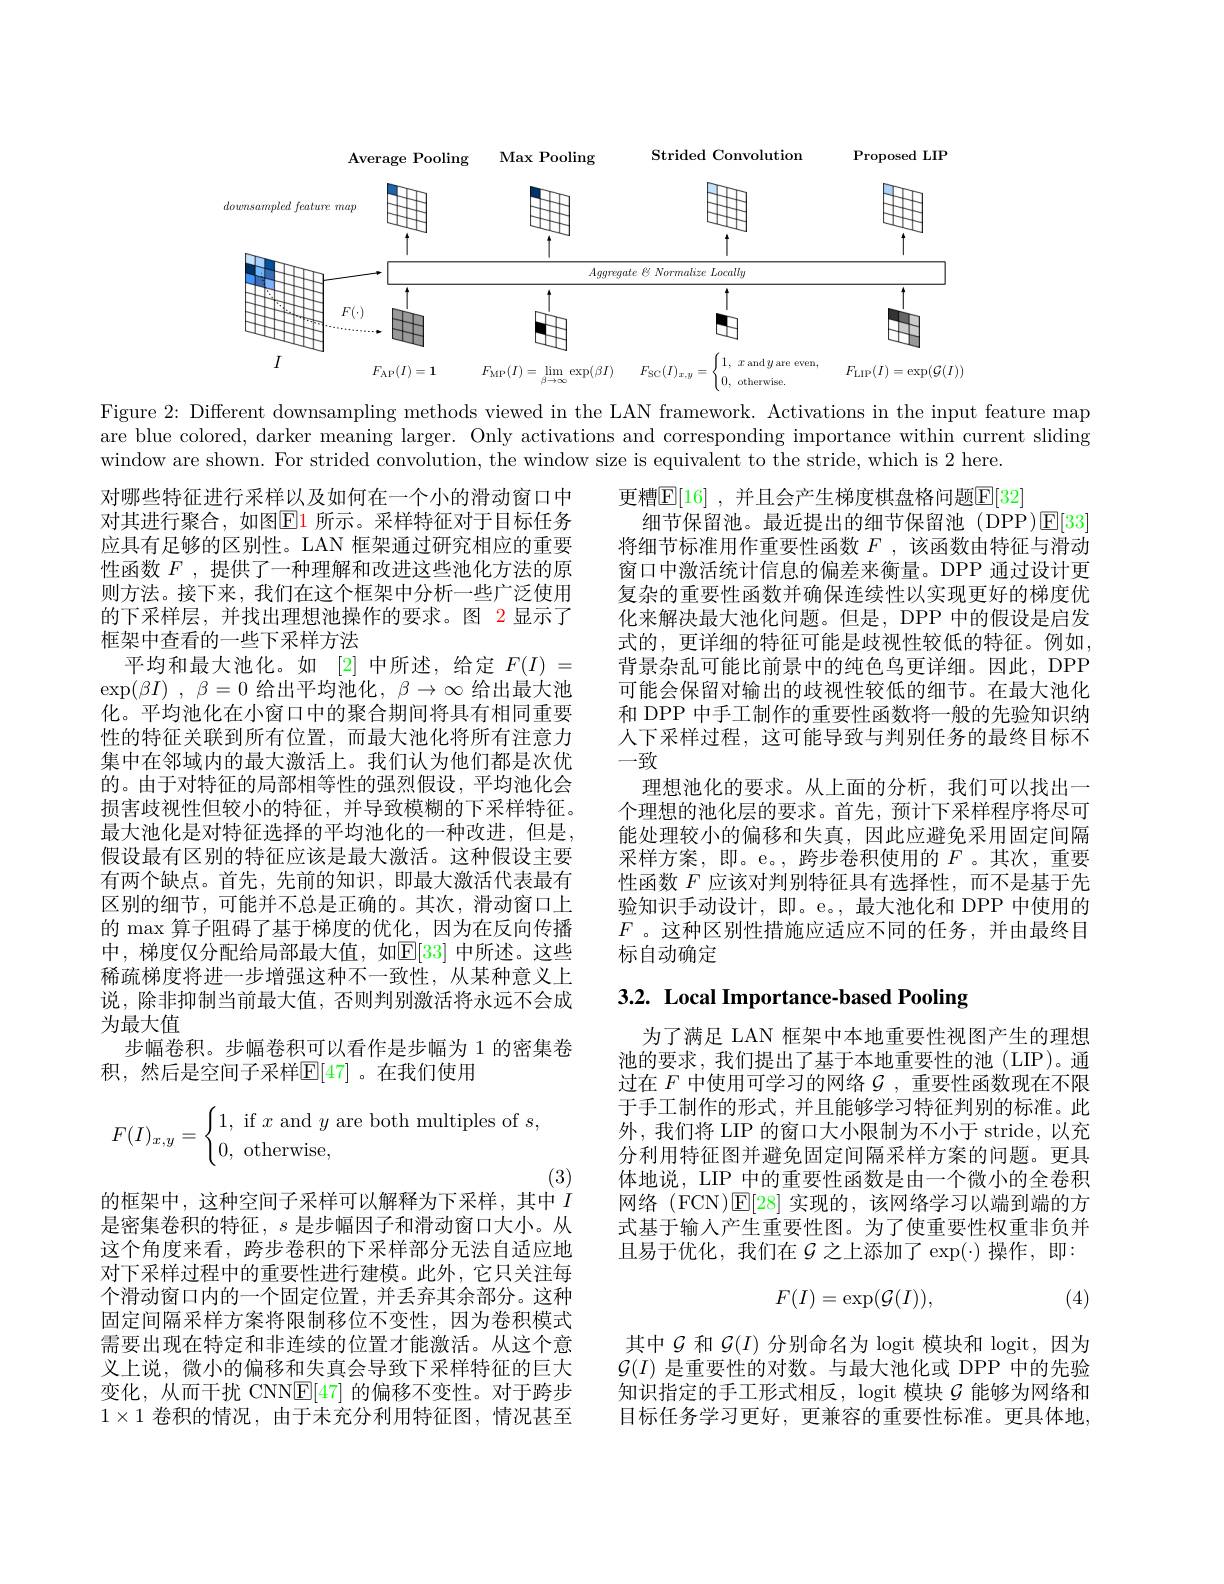
<FigureHere>

Figure 2: Different downsampling methods viewed in the LAN framework. Activations in the input feature map are blue colored, darker meaning larger. Only activations and corresponding importance within current sliding window are shown. For strided convolution, the window size is equivalent to the stride, which is 2 here.

更糟$\mathbb{E}[16]$,并且会产生梯度棋盘格问题$\mathbb{E}[32]$
细节保留池。最近提出的细节保留池(DPP)E[33] 将细节标准用作重要性函数$F$ ,该函数由特征与滑动窗口中激活统计信息的偏差来衡量。DPP 通过设计更复杂的重要性函数并确保连续性以实现更好的梯度优化来解决最大池化问题。但是，DPP 中的假设是启发式的，更详细的特征可能是歧视性较低的特征。例如， 背景杂乱可能比前景中的纯色鸟更详细。因此，DPP 可能会保留对输出的歧视性较低的细节。在最大池化和 DPP 中手工制作的重要性函数将一般的先验知识纳人下采样过程，这可能导致与判别任务的最终目标不一致
理想池化的要求。从上面的分析，我们可以找出一个理想的池化层的要求。首先，预计下采样程序将尽可能处理较小的偏移和失真，因此应避免采用固定间隔采样方案，即。e。,跨步卷积使用的$F$ 。其次，重要性函数$F$应该对判别特征具有选择性，而不是基于先验知识手动设计，即。e。,最大池化和 DPP 中使用的$F$ 。这种区别性措施应适应不同的任务，并由最终目标自动确定

对哪些特征进行采样以及如何在一个小的滑动窗口中对其进行聚合，如图$\color{red}{\mathrm{E1}}$ 所示。采样特征对于目标任务应具有足够的区别性。LAN 框架通过研究相应的重要性函数$F$ , 提供了一种理解和改进这些池化方法的原则方法。接下来，我们在这个框架中分析一些广泛使用的下采样层，并找出理想池操作的要求。图 2 显示了框架中查看的一些下采样方法
平均和最大池化。如[2]中所述，给定$F(I)=$ $\exp ( \beta I)$ , $\beta = 0$ 给出平均池化，$\beta \to \infty$ 给出最大池化。平均池化在小窗口中的聚合期间将具有相同重要性的特征关联到所有位置，而最大池化将所有注意力集中在邻域内的最大激活上。我们认为他们都是次优的。由于对特征的局部相等性的强烈假设，平均池化会损害歧视性但较小的特征，并导致模糊的下采样特征。最大池化是对特征选择的平均池化的一种改进，但是， 假设最有区别的特征应该是最大激活。这种假设主要有两个缺点。首先，先前的知识，即最大激活代表最有区别的细节，可能并不总是正确的。其次，滑动窗口上的 max 算子阻碍了基于梯度的优化，因为在反向传播中，梯度仅分配给局部最大值，如$\mathbb{E}[33]$ 中所述。这些稀疏梯度将进一步增强这种不一致性，从某种意义上说，除非抑制当前最大值，否则判别激活将永远不会成为最大值
步幅卷积。步幅卷积可以看作是步幅为 1 的密集卷
积，然后是空间子采样$\mathbb{E}[47]$。在我们使用

# 3.2. Local Importance-based Pooling

为了满足 LAN 框架中本地重要性视图产生的理想池的要求，我们提出了基于本地重要性的池(LIP)。通过在$F$中使用可学习的网络$\mathcal{G}$ ,重要性函数现在不限于手工制作的形式，并且能够学习特征判别的标准。此外，我们将 LIP 的窗口大小限制为不小于 stride,以充分利用特征图并避免固定间隔采样方案的问题。更具体地说，LIP 中的重要性函数是由一个微小的全卷积网络 (FCN)$\operatorname{E}[28]$实现的，该网络学习以端到端的方式基于输人产生重要性图。为了使重要性权重非负并且易于优化，我们在$\mathcal{G}$之上添加了$\exp(\cdot)$操作，即：

(3)
的框架中，这种空间子采样可以解释为下采样，其中$^{\prime}I$
$$F(I)_{x,y}=\begin{cases}1,\text{if}x\text{and}y\text{are both multiples of}s,\\0,\text{otherwise},\end{cases}$$
是密集卷积的特征，$s$是步幅因子和滑动窗口大小。从这个角度来看，跨步卷积的下采样部分无法自适应地对下采样过程中的重要性进行建模。此外，它只关注每个滑动窗口内的一个固定位置，并丢弃其余部分。这种固定间隔采样方案将限制移位不变性，因为卷积模式需要出现在特定和非连续的位置才能激活。从这个意义上说，微小的偏移和失真会导致下采样特征的巨大变化，从而干扰 CNN$\underline{\mathrm{E}}[47]$的偏移不变性。对于跨步$1\times1$卷积的情况，由于未充分利用特征图，情况甚至
$$F(I)=\exp(\mathcal{G}(I)),$$
(4)

其中$\mathcal{G}$和$\mathcal{G}(I)$分别命名为 logit 模块和 logit,因为$\mathcal{G}(I)$是重要性的对数。与最大池化或 DPP 中的先验知识指定的手工形式相反，logit 模块$\mathcal{G}$能够为网络和目标任务学习更好，更兼容的重要性标准。更具体地，